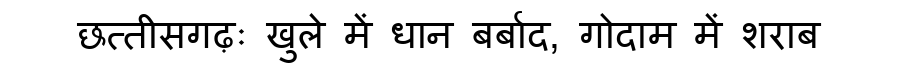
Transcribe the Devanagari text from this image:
छत्तीसगढ़ः खुले में धान बर्बाद, गोदाम में शराब